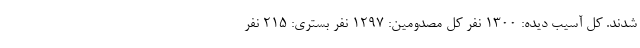
شدند. کل آسیب دیده: ۱۳۰۰ نفر کل مصدومین: ۱۲۹۷ نفر بستری: ۲۱۵ نفر